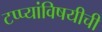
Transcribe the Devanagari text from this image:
टप्प्यांविषयीची